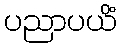
ပညာပယိံ